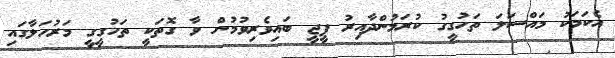
އެކަމަކު މައްސަލަ ތަހުގީގު ކުރަމުންދާއިރު ޕީޖީ ބައިވެރިވުމުން ވާ ގޮތަކީ ތަހުގީގީ މަރުހަލާގައި